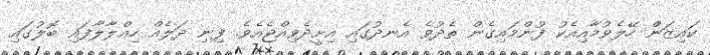
ކައިޒަން ހޭލެވުމާއިއެކު ފުންމައިގެން ތެދުވެ އެނދުގައި އިށީދެވިއްޖެއެވެ. ފިނި ދަލެއް ހިއްލާލާފައި ބޮލުގައި